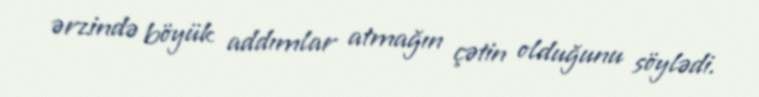
ərzində böyük addımlar atmağın çətin olduğunu söylədi.